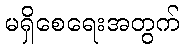
မရှိစေရေးအတွက်